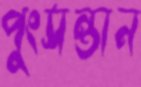
পুংসন্তান